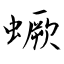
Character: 蟩